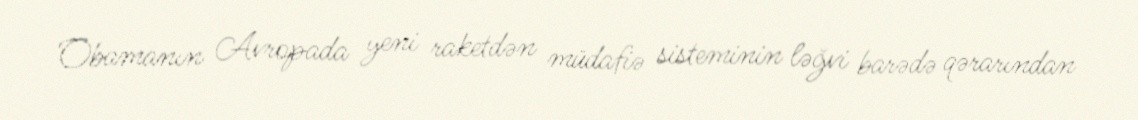
Obamanın Avropada yeni raketdən müdafiə sisteminin ləğvi barədə qərarından